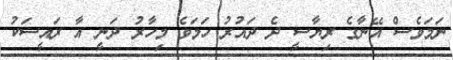
ނަމަވެސް އޭނާގެ ރިޔާސީ ދެ ދައުރު ހަމަވެ މިހާރު ދަނީ އާ ރައީސަކު